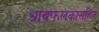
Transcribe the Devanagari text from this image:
धावफलकासहित